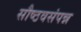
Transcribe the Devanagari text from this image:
सौष्ठवसंपन्न